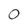
Character: 0